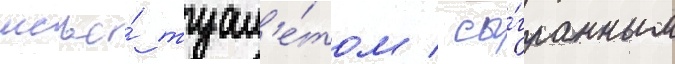
мсье́ туал'е́том / сы́гранным